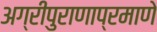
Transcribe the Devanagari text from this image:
अग्रीपुराणाप्रमाणे